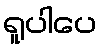
ရူပါပေ